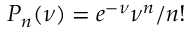
P _ { n } ( \nu ) = e ^ { - \nu } \nu ^ { n } / n !